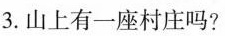
3.山上有一座村庄吗?